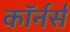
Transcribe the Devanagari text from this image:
कॉर्नर्स